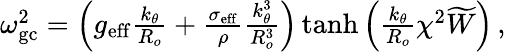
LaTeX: \begin{array}{r}{\omega_{\mathrm{gc}}^{2}=\left(g_{\mathrm{eff}}\frac{k_{\theta}}{R_{o}}+\frac{\sigma_{\mathrm{eff}}}{\rho}\frac{k_{\theta}^{3}}{R_{o}^{3}}\right)\operatorname{tanh}{\left(\frac{k_{\theta}}{R_{o}}\chi^{2}\widetilde{W}\right)}\mathrm{\, ,}}\end{array}